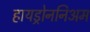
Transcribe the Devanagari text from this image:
हायड्रोननिअम